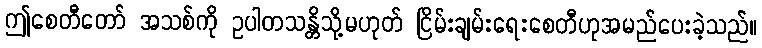
ဤစေတီတော် အသစ်ကို ဥပါတသန္တိသို့မဟုတ် ငြိမ်းချမ်းရေးစေတီဟုအမည်ပေးခဲ့သည်။